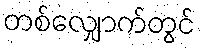
တစ်လျှောက်တွင်